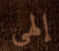
إلهي